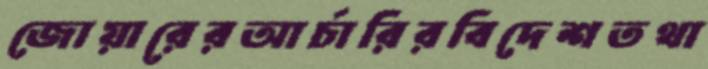
জোয়ারেরআর্চারিরবিদেশতথা